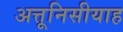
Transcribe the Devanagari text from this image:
अत्तूनिसीयाह